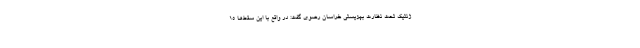
ژنتیک تحت نظارت بهزیستی خراسان رضوی گفت: در واقع با این سقط‌ها ۱۵